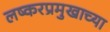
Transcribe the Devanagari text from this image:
लष्करप्रमुखाच्या